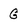
Character: G